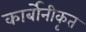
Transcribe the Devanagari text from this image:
कार्बोनीकृत